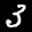
Label: 3